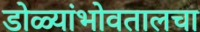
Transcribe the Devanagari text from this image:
डोळ्यांभोवतालचा